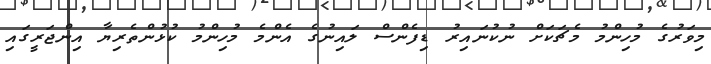
މިވަރުގެ މުހިންމު މެޗަކަށް ނުކުނައިރު ޑިފެންސް ލައިނުގެ އެންމެ މުހިންމު ކުޅުންތެރިޔާ އިންޖަރީގައި